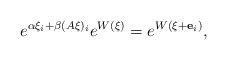
LaTeX: \begin{align*}e^{\alpha\xi_i+\beta(A\xi)_i}e^{W(\xi)}=e^{W\left(\xi+{\bf e}_i\right)},\end{align*}